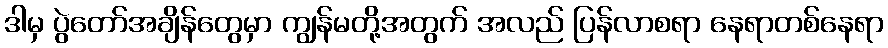
ဒါမှ ပွဲတော်အချိန်တွေမှာ ကျွန်မတို့အတွက် အလည် ပြန်လာစရာ နေရာတစ်နေရာ